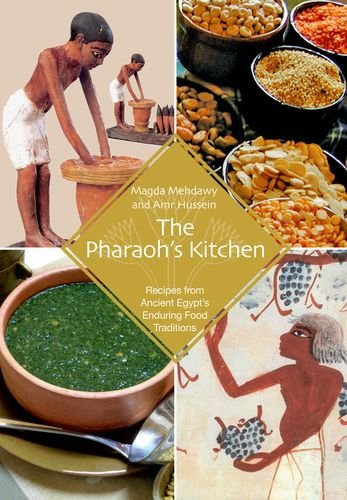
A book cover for The Pharaoh's Kitchen: Recipes from Ancient Egypts Enduring Food Traditions; Magda Mehdawy; Cookbooks, Food & Wine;